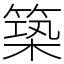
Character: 築